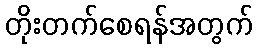
တိုးတက်စေရန်အတွက်